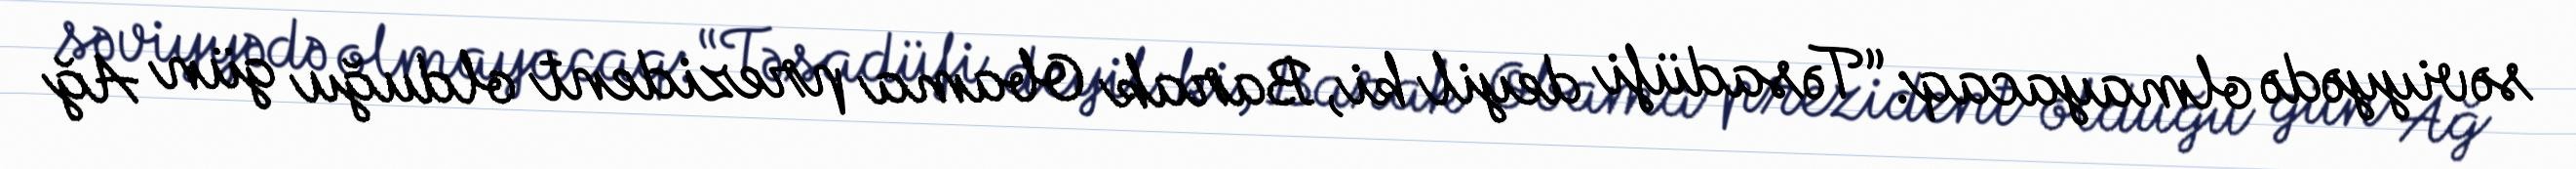
səviyyədə olmayacaq: “Təsadüfi deyil ki, Barak Obama prezident olduğu gün Ağ